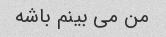
من می بینم باشه